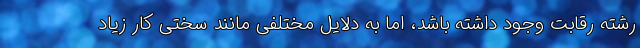
رشته رقابت وجود داشته باشد، اما به دلایل مختلفی مانند سختی کار زیاد